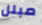
مبلل